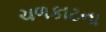
ચળકાટના